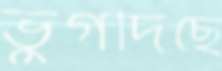
ভুগদিছে